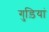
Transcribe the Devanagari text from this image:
गुड़ियां